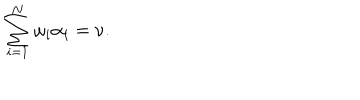
\sum _ { i = 1 } ^ { N } \omega _ { i } \alpha _ { i } = \nu .